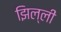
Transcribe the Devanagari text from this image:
झिल्लीं